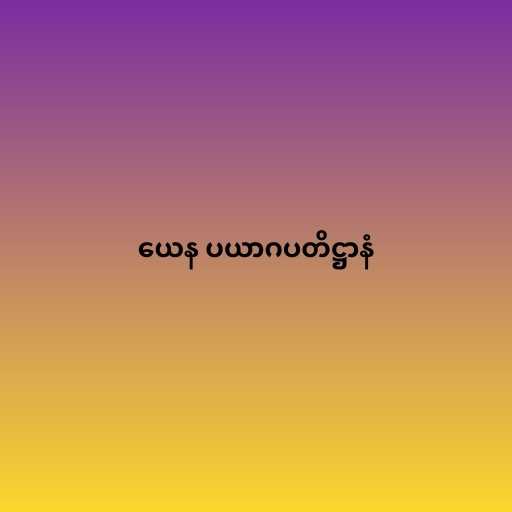
ယေန ပယာဂပတိဋ္ဌာနံ